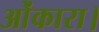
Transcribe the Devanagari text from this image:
ओंकारा।